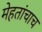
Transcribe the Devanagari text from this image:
मेहतांचाच